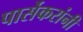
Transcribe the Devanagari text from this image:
पार्सेकरांनी